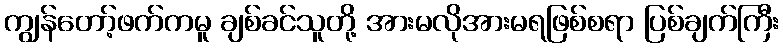
ကျွန်တော့်ဖက်ကမူ ချစ်ခင်သူတို့ အားမလိုအားမရဖြစ်စရာ ပြစ်ချက်ကြီး